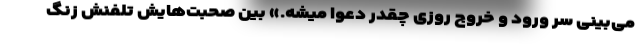
می‌بینی سر ورود و خروج روزی چقدر دعوا میشه.» بین صحبت‌هایش تلفنش زنگ